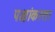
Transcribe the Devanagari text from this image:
पक्षांकरता